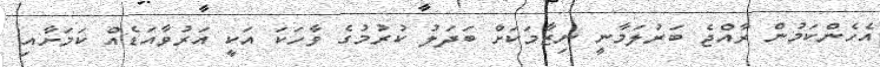
އެހެންކަމުން ރާއްޖެ ބަރުލަމާނީ ނިޒާމަކަށް ބަދަލު ކުރުމުގެ ވާހަކަ އަކީ އަރުވާއަޑެއް ކަމަށާއި